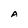
Character: A